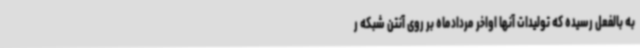
به بالفعل رسیده که تولیدات آنها اواخر مردادماه بر روی آنتن شبکه ر